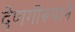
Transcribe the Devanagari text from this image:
देणगीरूपाने